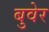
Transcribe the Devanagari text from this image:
बुवेर